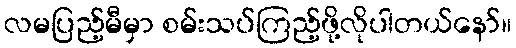
လမပြည့်မီမှာ စမ်းသပ်ကြည့်ဖို့လိုပါတယ်နော်။